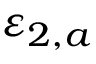
\varepsilon _ { 2 , a }